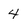
Character: 4